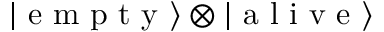
\left| \textrm { e m p t y } \right\rangle \otimes \left| \textrm { a l i v e } \right\rangle